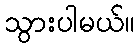
သွားပါမယ်။